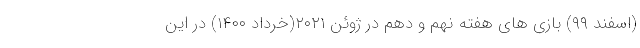
(اسفند ۹۹) بازی های هفته نهم و دهم در ژوئن ۲۰۲۱(خرداد ۱۴۰۰) در این